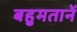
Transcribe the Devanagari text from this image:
बहुमतानें